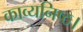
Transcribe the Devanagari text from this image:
काव्यनिष्ठ।